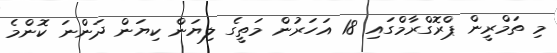
މި ތަމްރީން ޕްރޮގްރާމްގައި 18 އަހަރުން މަތީގެ ލިޔަން ކިޔަން ދަންނަ ކޮންމެ